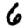
Digit: 6